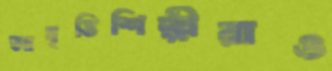
আবৃত্তিশিল্পীরাও